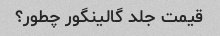
قیمت جلد گالینگور چطور؟